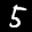
Label: 5